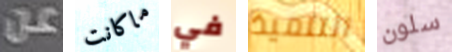
عن ماكانت في التلميذ سلون